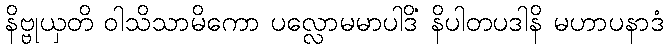
နိဗ္ဗုယှတိ ဝါသိသာမိကော ပလ္လောမမာပါဒိံ နိပါတပဒါနိ မဟာပနာဒံ